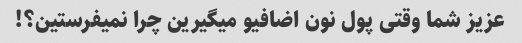
عزیز شما وقتی پول نون اضافیو میگیرین چرا نمیفرستین؟!